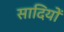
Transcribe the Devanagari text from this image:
सादियों